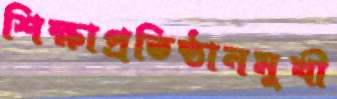
শিক্ষাপ্রতিষ্ঠানমুখী